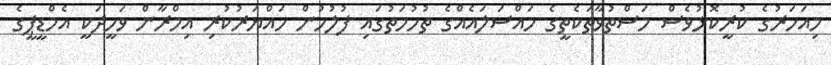
މިއަހަރުގެ ކުރީކޮޅުވެސް މަސްތުވާތަކެތީގެ މައްސަލައެއްގެ ތުހުމަތުގައި ފުލުހުން ހައްޔަރުކުރި އިމްރާން ވަހީދަކީ އެމްޑީޕީގެ